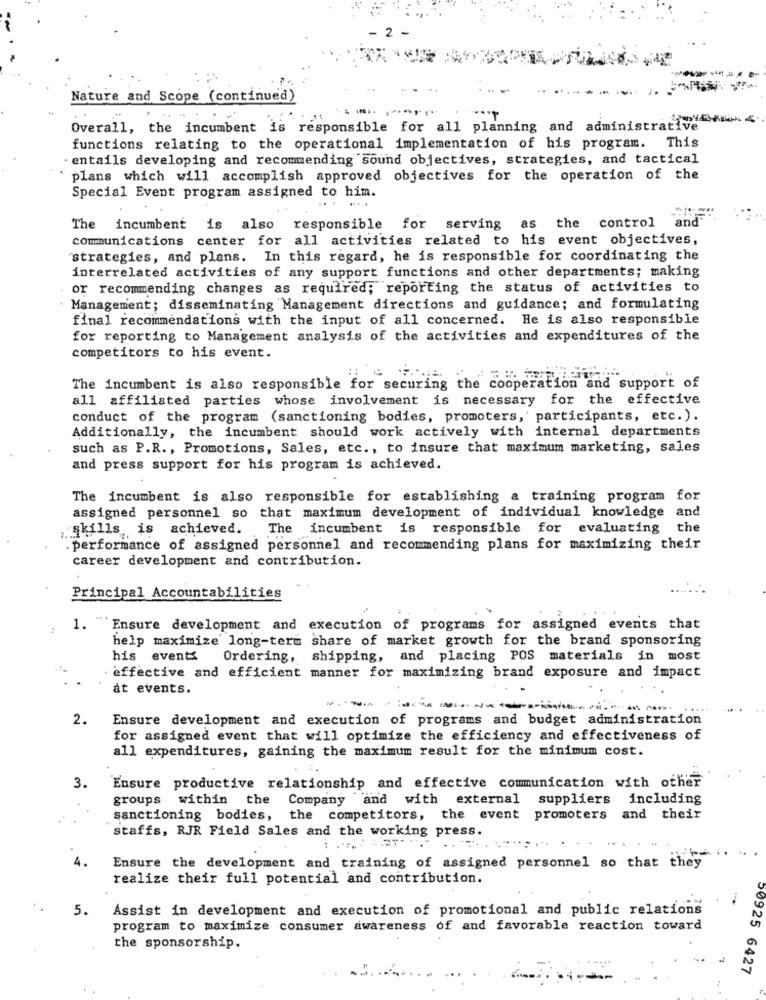
Nature and Scope (continued)
Overall, the incumbent is responsible for all planning and administrative
This
functions relating to the operational implementation of his program.
entails developing and recommending sound objectives, strategies, and tactical
plans which will accomplish approved objectives for the operation of the
Special Event program assigned to him.
......
and
The incumbent is also responsible for serving as the control
communications center for all activities related to his event objectives,
strategies, and plans. In this regard, he is responsible for coordinating the
interrelated activities of any support functions and other departments; making
or recommending changes as required; reporting the status of activities to
Management; disseminating Management directions and guidance; and formulating
final recommendations with the input of all concerned. He is also responsible
for reporting to Management analysis of the activities and expenditures of the
competitors to his event.
The incumbent is also responsible for securing the cooperation and support of
all affiliated parties whose involvement is necessary for the effective
conduct of the program (sanctioning bodies, promoters, participants, etc.).
Additionally, the incumbent should work actively with internal departments
such as P.R ., Promotions, Sales, etc ., to insure that maximum marketing, sales
and press support for his program is achieved.
The incumbent is also responsible for establishing a training program for
assigned personnel so that maximum development of individual knowledge and
Skills is achieved. The incumbent is responsible for evaluating the
. performance of assigned personnel and recommending plans for maximizing their
career development and contribution.
Principal Accountabilities
1. "Ensure development and execution of programs for assigned events that
help maximize long-term share of market growth for the brand sponsoring
his events
Ordering, shipping, and placing POS materials in most
effective and efficient manner for maximizing brand exposure and impact
at events.
....
2.
Ensure development and execution of programs and budget administration
for assigned event that will optimize the efficiency and effectiveness of
all expenditures, gaining the maximum result for the minimum cost.
3.
Ensure productive relationship and effective communication with other
groups within the Company and with external suppliers including
sanctioning bodies, the competitors, the event promoters and their
staffs, RJR Field Sales and the working press.
4.
Ensure the development and training of assigned personnel so that they
realize their full potential and contribution.
5.
Assist in development and execution of promotional and public relations
program to maximize consumer awareness of and favorable reaction toward
the sponsorship.
50925 6427